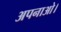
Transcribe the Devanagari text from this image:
अपनाओ।